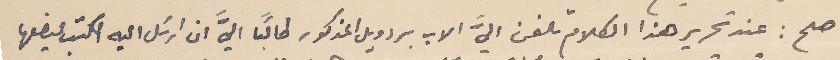
صح : عند تحرير هذا الكلام تلفن اليَّ الاب بردويل المذكور طالبًا اليَّ ان ارسَل اليه الكتب ليضعها